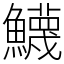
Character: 鱴